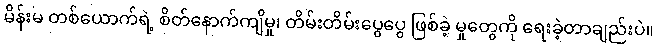
မိန်းမ တစ်ယောက်ရဲ့ စိတ်နောက်ကျိမှု၊ တိမ်းတိမ်းပွေပွေ ဖြစ်ခဲ့ မှုတွေကို ရေးခဲ့တာချည်းပဲ။